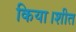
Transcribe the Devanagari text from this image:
किया।शीत